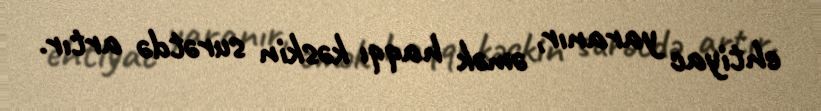
ehtiyac yaranır, əmək haqqı kəskin surətdə artır.